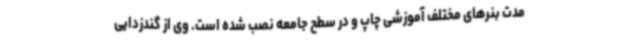
مدت بنرهای مختلف آموزشی چاپ و در سطح جامعه نصب شده است. وی از گندزدایی